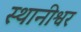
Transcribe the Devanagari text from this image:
स्थानीश्वर